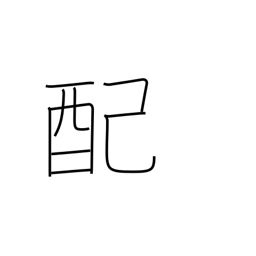
Meaning: rationing